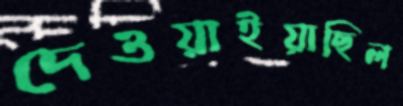
দেওয়াইয়াছিল